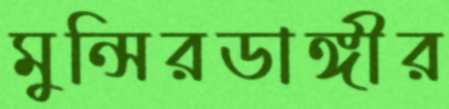
মুন্সিরডাঙ্গীর